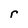
Character: r